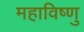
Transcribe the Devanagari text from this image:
महाविष्‍णु